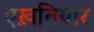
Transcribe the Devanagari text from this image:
एख़तियार